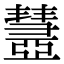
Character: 𢑹